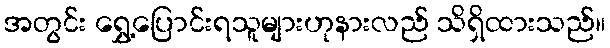
အတွင်း ရွှေ့ပြောင်းရသူများဟုနားလည် သိရှိထားသည်။